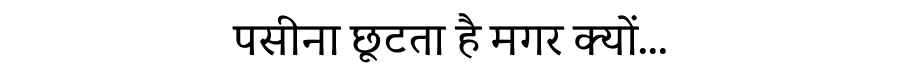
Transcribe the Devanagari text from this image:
पसीना छूटता है मगर क्यों...